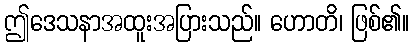
ဤဒေသနာအထူးအပြားသည်။ ဟောတိ၊ ဖြစ်၏။